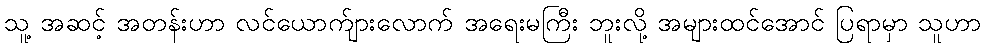
သူ့ အဆင့် အတန်းဟာ လင်ယောက်ျားလောက် အရေးမကြီး ဘူးလို့ အများထင်အောင် ပြရာမှာ သူဟာ